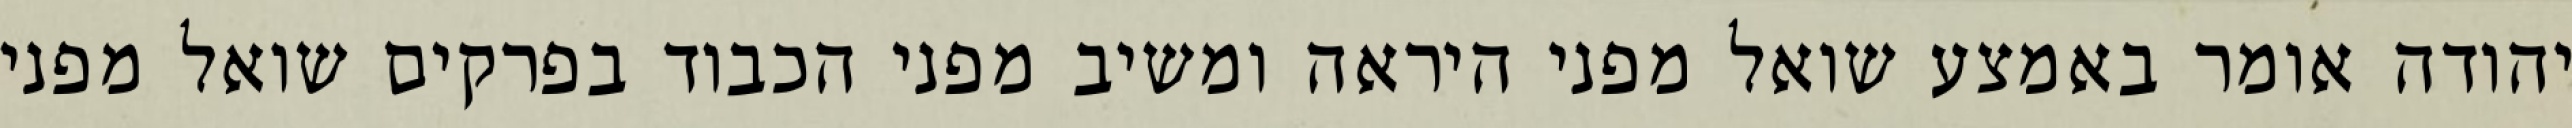
יהודה אומר באמצע שואל מפני היראה ומשיב מפני הכבוד בפרקים שואל מפני